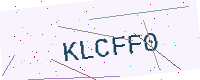
Text: KLCFF0